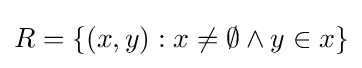
R=\{(x,y):x\neq \emptyset \land y\in x\}